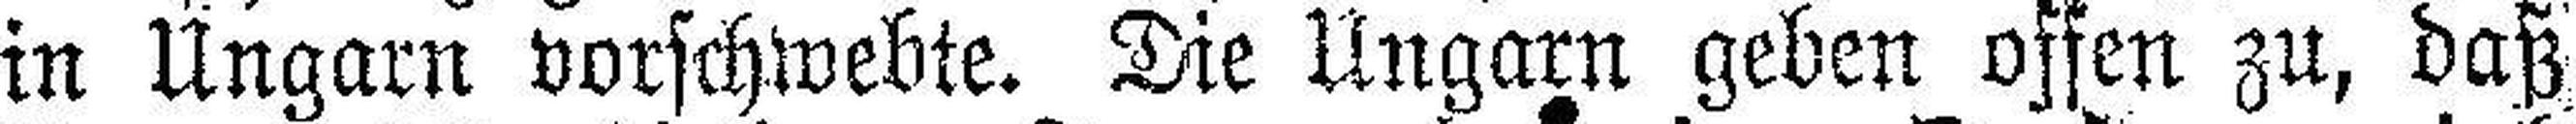
in Ungarn vorschwebte. Die Ungarn geben offen zu, daß